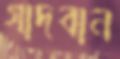
গাদবান